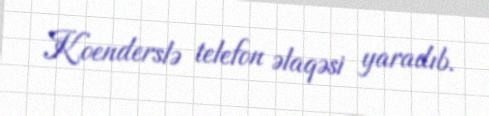
Koenderslə telefon əlaqəsi yaradıb.